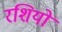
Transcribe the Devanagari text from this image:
रशियों